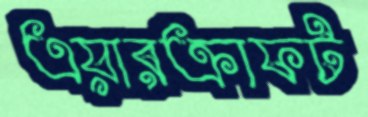
এয়ারক্রাফট